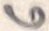
Text: 6